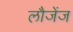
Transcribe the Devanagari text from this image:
लौजेंज